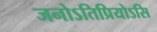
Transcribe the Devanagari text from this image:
जनोऽतिप्रियोऽसि